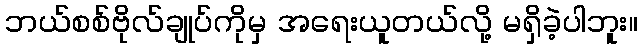
ဘယ်စစ်ဗိုလ်ချုပ်ကိုမှ အရေးယူတယ်လို့ မရှိခဲ့ပါဘူး။